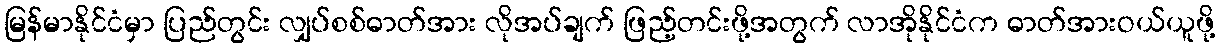
မြန်မာနိုင်ငံမှာ ပြည်တွင်း လျှပ်စစ်ဓာတ်အား လိုအပ်ချက် ဖြည့်တင်းဖို့အတွက် လာအိုနိုင်ငံက ဓာတ်အားဝယ်ယူဖို့